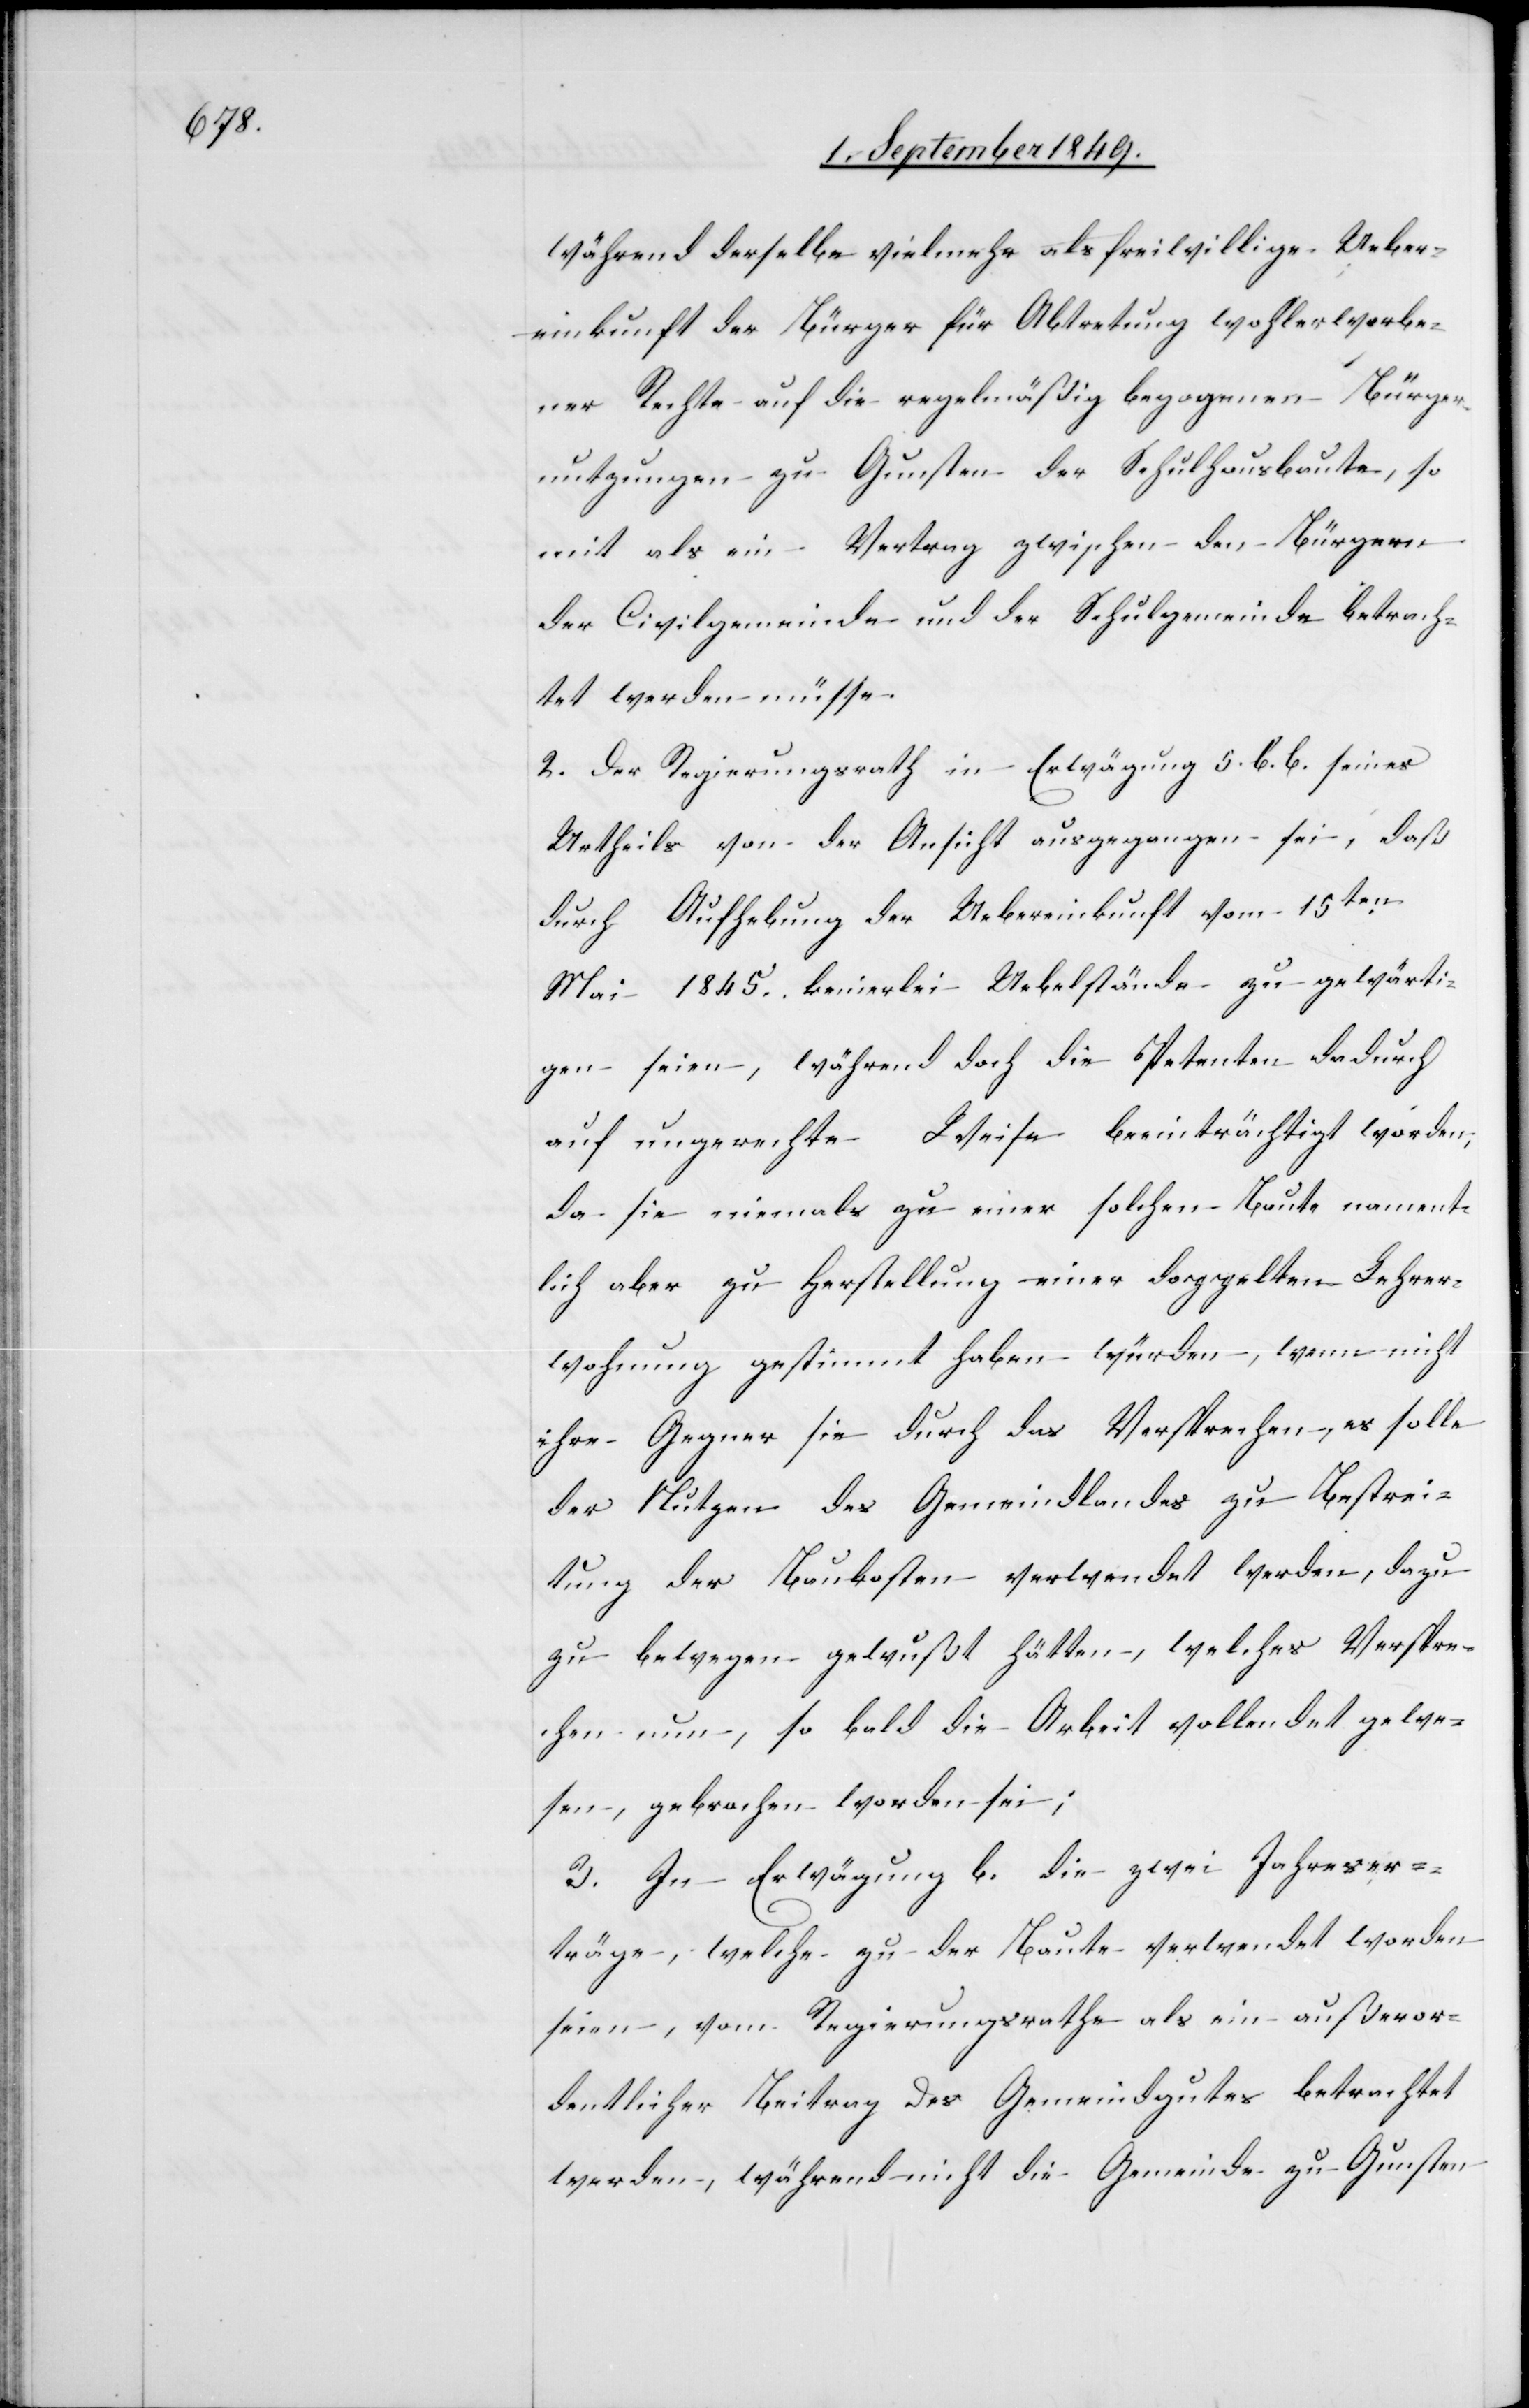
während derselbe vielmehr als freiwillige Ueber¬
einkunft der Bürger für Abtretung wohlerworbe¬
ner Rechte auf die regelmäßig begangenen Bürger¬
nutzungen zu Gunsten der Schulhausbaute, so
mit als ein Vertrag zwischen den Bürgern
der Civilgemeinde und der Schulgemeinde betrach¬
tet werden müsse.
2. Der Regierungsrath in Erwägung 5. b. b. seines
Urtheils von der Ansicht ausgegangen sei, daß
durch Aufhebung der Uebereinkunft vom 15ten
Mai 1845. keinerlei Uebelstände zu gewärti¬
gen seien, während doch die Petenten dadurch
auf ungerechte Weise beeinträchtigt worden,
da sie niemals zu einer solchen Baute nament¬
lich aber zu Herstellung einer doppelten Lehrer¬
wohnung gestimmt haben würden, wenn nicht
ihre Gegner sie durch das Versprechen, es solle
der Nutzen des Gemeindlandes zu Bestrei¬
tung der Baukosten verwendet werden, dazu
zu bewegen gewußt hätten, welches Verspre¬
chen nun, so bald die Arbeit vollendet gewe¬
sen, gebrochen worden sei;
3. In Erwägung b. die zwei Jahreser¬
träge, welche zu der Baute verwendet worden
seien, vom Regierungsrathe als ein außeror¬
dentlicher Beitrag des Gemeindgutes betrachtet
werden, während nicht die Gemeinde zu Gunsten